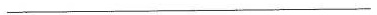
___